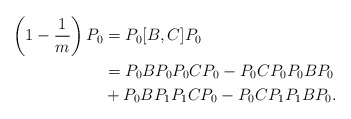
\begin{align*}\left(1-\frac{1}{m}\right)P_0 &= P_0[B,C]P_0\\&= P_0BP_0P_0CP_0-P_0CP_0P_0BP_0\\&+P_0BP_1P_1CP_0-P_0CP_1P_1BP_0.\end{align*}